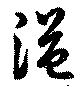
溢